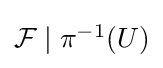
{\textstyle {\mathcal {F}}\mid \pi ^{-1}(U)}